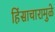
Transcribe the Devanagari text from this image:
हिंसाचारामुळे